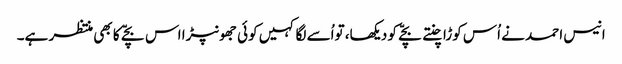
انیس احمد نے اُس کوڑا چنتے بچّے کو دیکھا، تواُسے لگا کہیں کوئی جھونپڑا اس بچّے کا بھی منتظر ہے۔